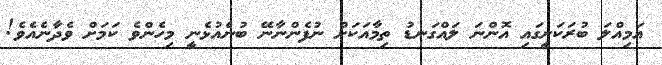
އަމިއްލަ ބުރަކަށީގައި އޮންނަ ލައްގަނޑު ތިމާއަކަށް ނުފެންނާނޭ ބުނެއުޅެނީ މިހެންވެ ކަމަށް ވެދާނެއެވެ!